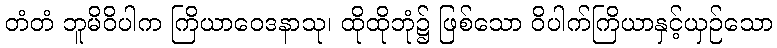
တံတံ ဘူမိဝိပါက ကြိယာဝေဒနာသု၊ ထိုထိုဘုံ၌ ဖြစ်သော ဝိပါက်ကြိယာနှင့်ယှဉ်သော